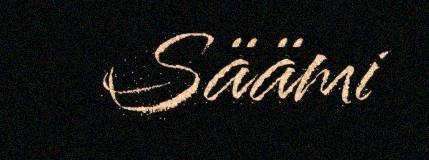
Säämi